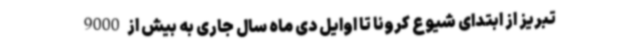
تبریز از ابتدای شیوع کرونا تا اوایل دی ماه سال جاری به بیش از 9000